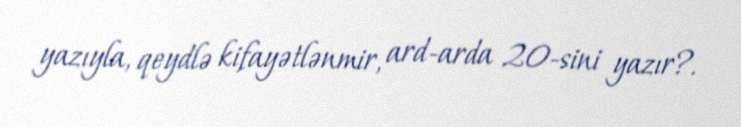
yazıyla, qeydlə kifayətlənmir, ard-arda 20-sini yazır?.